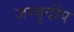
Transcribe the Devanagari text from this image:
जम्बुदीप